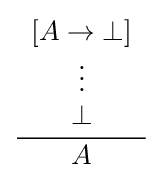
{\frac {\begin{array}{c}[A\to \bot ]\\\vdots \\\bot \end{array}}{A}}